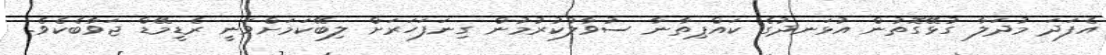
އެފަދަ މުދަލާ ގުޅޭގޮތުން އުޅަނދުގެ ކައްޕިތާނާ ސުވާލުކުރުމުން ގިނަފަހަރަށް ލިބޭކަމަށްވަނީ ރެޑީމޭޑް ޖަވާބެކެވެ.